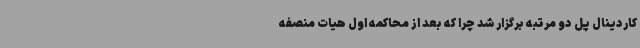
کاردینال پل دو مرتبه برگزار شد چرا که بعد از محاکمه اول هیات منصفه